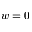
w = 0